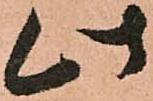
此